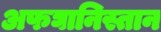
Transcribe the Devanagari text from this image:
अफघानिस्तान